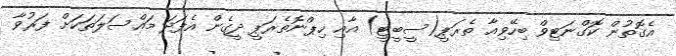
އެގޮތުން ކޮގްނަޓިވް ބިހޭވިއާ ތެރަޕީ(ސީބީޓީ) އާއި ހިޕްނޮތެރަޕީ ދީގެން އެފަދަ މައްސަލަތަކަށް ފަރުވާ